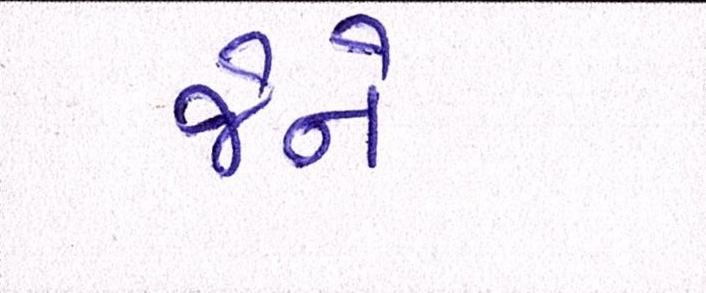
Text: જેને